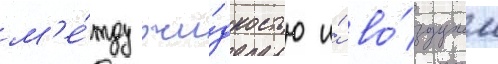
м'е́жду жи́дкостью и́ во́здухом